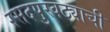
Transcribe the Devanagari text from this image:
रसदपुरवठ्याची